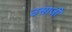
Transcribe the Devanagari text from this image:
उसाजी